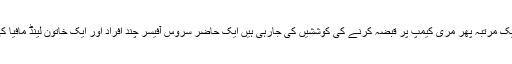
انہوں نے الزام لگایا کہ ایک مرتبہ پھر مری کیمپ پر قبضہ کرنے کی کوششیں کی جارہی ہیں ایک حاضر سروس آفیسر چند افراد اور ایک خاتون لینڈ مافیا کی سرپرستی کررہے ہیں۔